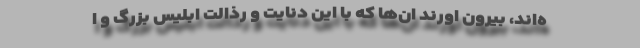
ه‌اند، بیرون اورند ان‌ها که با این دنایٔت و رذالتِ ابلیس بزرگ و ا